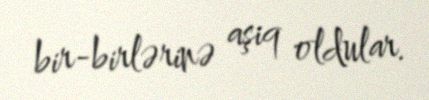
bir-birlərinə aşiq oldular.